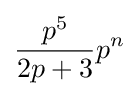
{\frac {p^{5}}{2p+3}}p^{n}